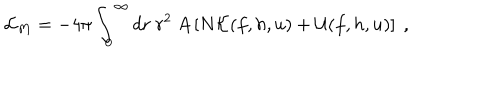
{ \cal L } _ { M } = - 4 \pi \int _ { 0 } ^ { \infty } d r \ r ^ { 2 } \ A \left[ N { \cal { K } } ( f , h , u ) + { \cal { U } } ( f , h , u ) \right] \ ,